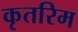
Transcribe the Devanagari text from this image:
कृतरिम